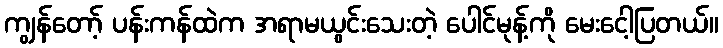
ကျွန်တော့် ပန်းကန်ထဲက အရာမယွင်းသေးတဲ့ ပေါင်မုန့်ကို မေးငေါ့ပြတယ်။